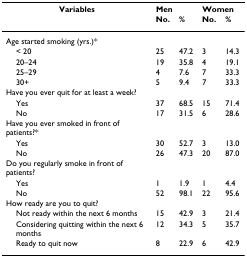
| Variables | <COLSPAN=2> Men | <COLSPAN=2> Women |
 |  | No. | % | No. | % |
 | --- | --- | --- | --- | --- |
 | Age started smoking (yrs.)* |  |  |  |  |
 | < 20 | 25 | 47.2 | 3 | 14.3 |
 | 20–24 | 19 | 35.8 | 4 | 19.1 |
 | 25–29 | 4 | 7.6 | 7 | 33.3 |
 | 30+ | 5 | 9.4 | 7 | 33.3 |
 | Have you ever quit for at least a week? |  |  |  |  |
 | Yes | 37 | 68.5 | 15 | 71.4 |
 | No | 17 | 31.5 | 6 | 28.6 |
 | Have you ever smoked in front of patients?* |  |  |  |  |
 | Yes | 30 | 52.7 | 3 | 13.0 |
 | No | 26 | 47.3 | 20 | 87.0 |
 | Do you regularly smoke in front of patients? |  |  |  |  |
 | Yes | 1 | 1.9 | 1 | 4.4 |
 | No | 52 | 98.1 | 22 | 95.6 |
 | How ready are you to quit? |  |  |  |  |
 | Not ready within the next 6 months | 15 | 42.9 | 3 | 21.4 |
 | Considering quitting within the next 6 months | 12 | 34.3 | 5 | 35.7 |
 | Ready to quit now | 8 | 22.9 | 6 | 42.9 |